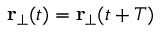
{ \bf r } _ { \perp } ( t ) = { \bf r } _ { \perp } ( t + T )